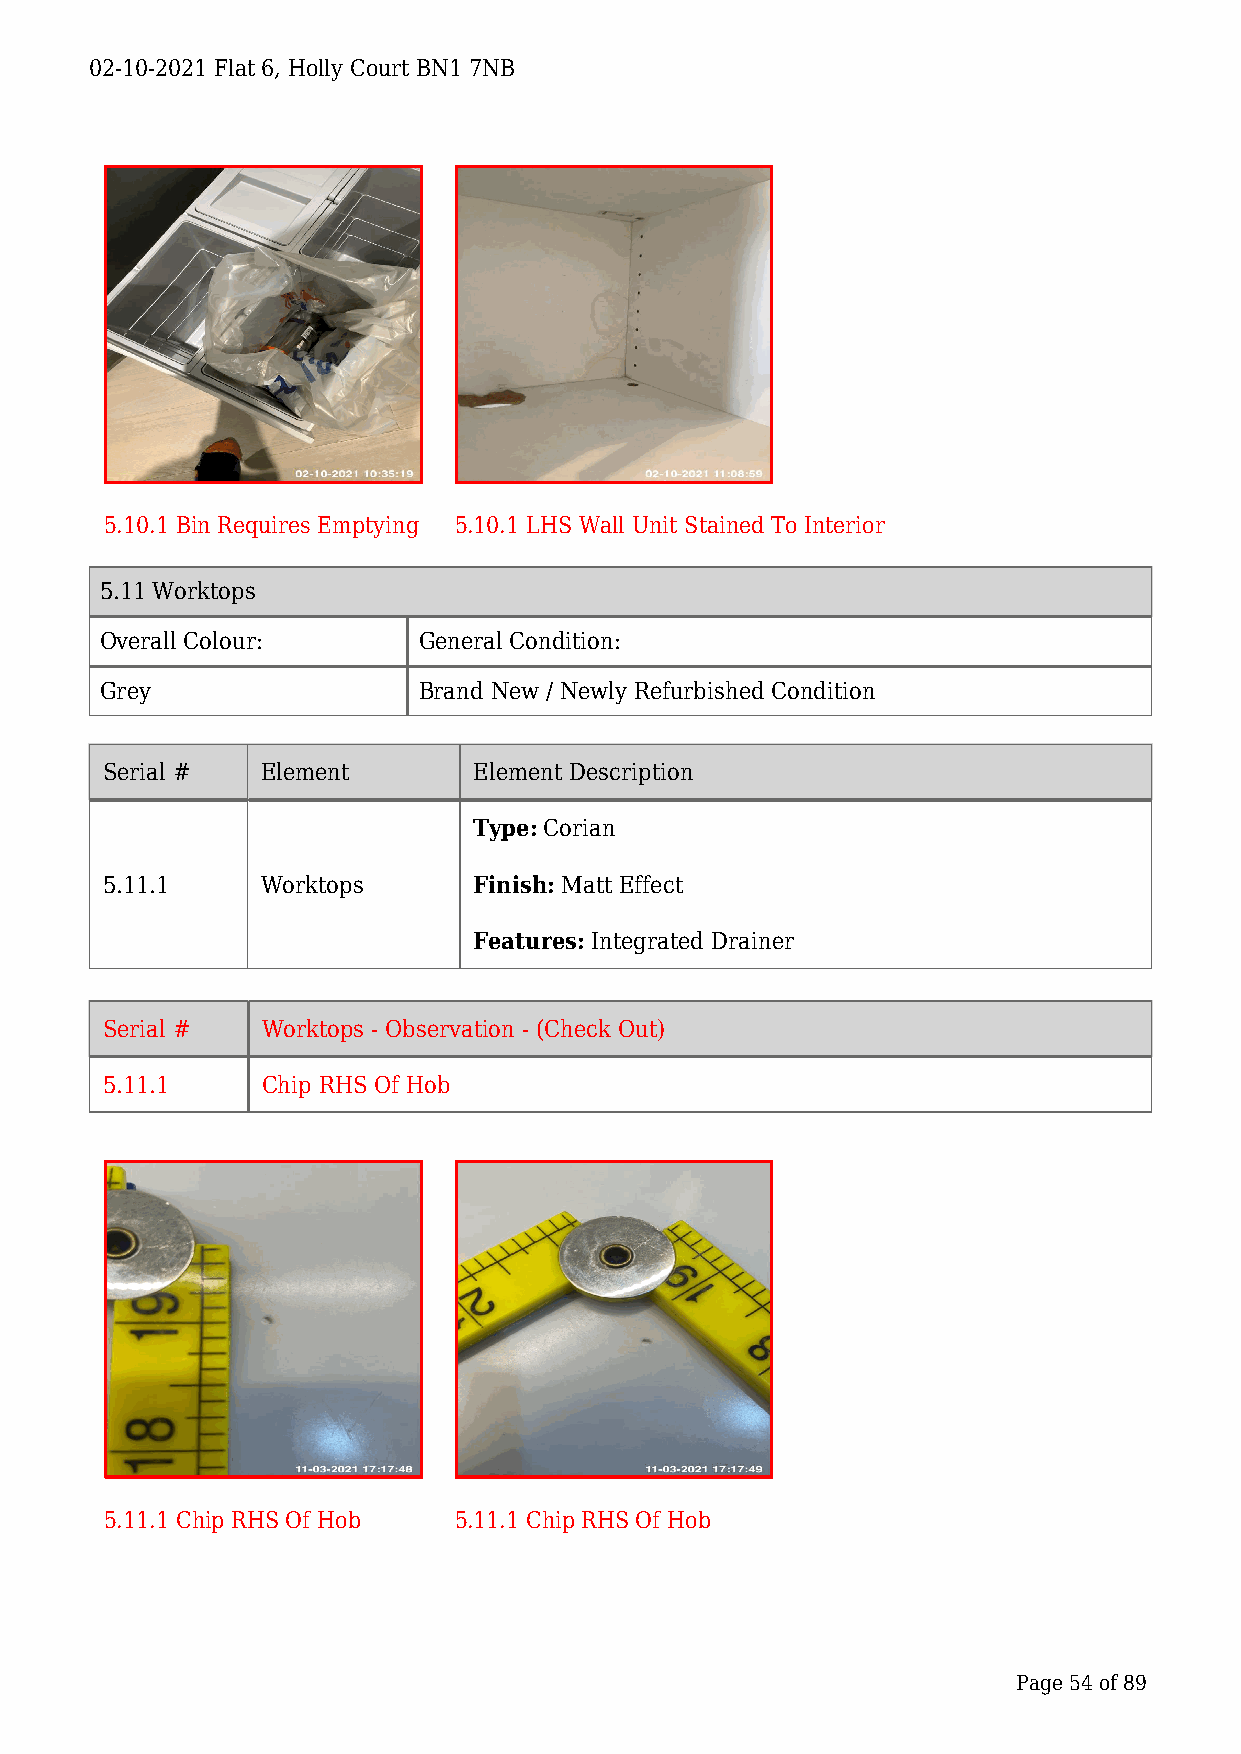
02-10-2021 Flat 6, Holly Court BN1 7NB
 5.10.1 Bin Requires Emptying 5.10.1 LHS Wall Unit Stained To Interior
 5.11 Worktops
 Overall Colour:      General Condition:
 Grey                 Brand New / Newly Refurbished Condition
 Serial #  Element       Element Description
 Type: Corian
 5.11.1    Worktops      Finish: Matt Effect
 Features: Integrated Drainer
 Serial #  Worktops - Observation - (Check Out)
 5.11.1    Chip RHS Of Hob
 5.11.1 Chip RHS Of Hob 5.11.1 Chip RHS Of Hob
 Page 54 of 89